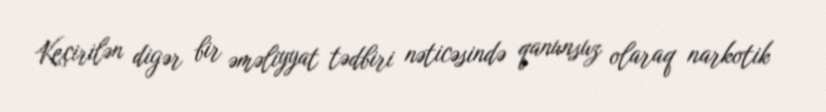
Keçirilən digər bir əməliyyat tədbiri nəticəsində qanunsuz olaraq narkotik